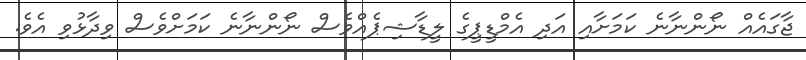
ޖާގައެއް ނޯންނާނެ ކަމަށާއި އަދި އެމްޑީޕީގެ ލީޑާޝިޕެއްވެސް ނޯންނާނެ ކަމަށްވެސް ވިދާޅުވި އެވެ.